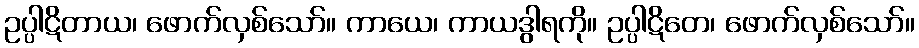
ဥပ္ပါဋိတာယ၊ ဖောက်လှစ်သော်။ ကာယေ၊ ကာယဒွါရကို။ ဥပ္ပါဋိတေ၊ ဖောက်လှစ်သော်။